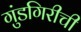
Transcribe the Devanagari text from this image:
गुंडगिरीची